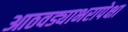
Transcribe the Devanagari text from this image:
आठवड्याभरापेक्षा